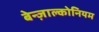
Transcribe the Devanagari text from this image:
बेन्ज़ाल्कोनियम